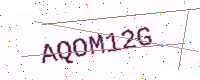
Text: AQOM12G